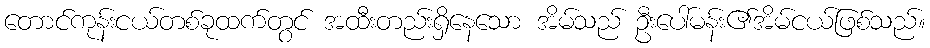
တောင်ကုန်းငယ်တစ်ခုထက်တွင် အထီးတည်းရှိနေသော အိမ်သည် ဦးပေါ်မန်း၏အိမ်ငယ်ဖြစ်သည်။